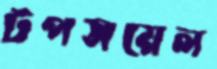
টপসয়েল